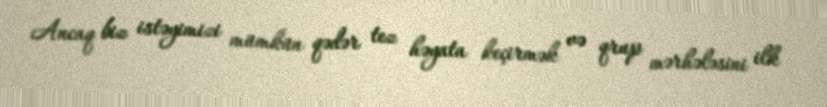
Ancaq biz istəyimizi mümkün qədər tez həyata keçirmək və qrup mərhələsini ilk